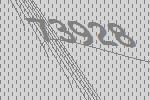
73928